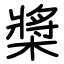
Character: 槳